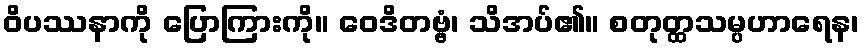
ဝိပဿနာကို ပြောကြားကို။ ဝေဒိတဗ္ဗံ၊ သိအပ်၏။ စတုတ္ထသမ္ပဟာရေန၊